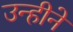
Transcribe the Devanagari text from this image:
उन्हीने